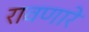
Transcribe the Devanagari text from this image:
रावणारे